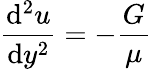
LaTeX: {\frac{\mathrm{d}^{2}u}{\mathrm{d}y^{2}}}=-{\frac{G}{\mu}}